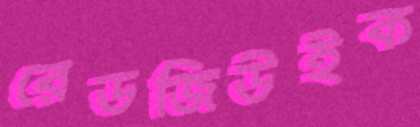
রেডজিউইক